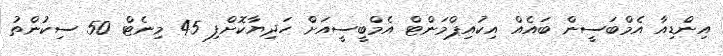
އިންޑިއާ އެމްބަސީން ބައެއް އިކުއިޕްމަންޓް އެމްބީސީއަށް ހަދިޔާކޮށްފި 45 މިނެޓް 50 ސިކުންތު